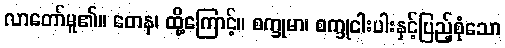
လာတော်မူ၏။ တေန၊ ထို့ကြောင့်။ စက္ခုမာ၊ စက္ခုငါးပါးနှင့်ပြည့်စုံသော